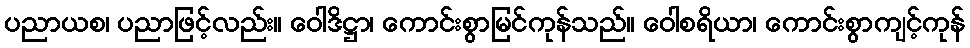
ပညာယစ၊ ပညာဖြင့်လည်း။ ဝေါဒိဋ္ဌာ၊ ကောင်းစွာမြင်ကုန်သည်။ ဝေါစရိယာ၊ ကောင်းစွာကျင့်ကုန်